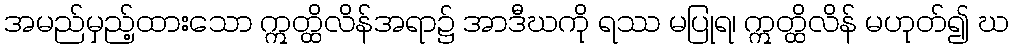
အမည်မှည့်ထားသော ဣတ္ထိလိန်အရာ၌ အာဒီဃကို ရဿ မပြုရ၊ ဣတ္ထိလိန် မဟုတ်၍ ဃ